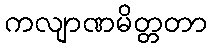
ကလျာဏမိတ္တတာ